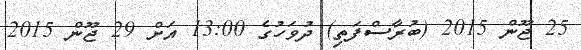
25 ޖޫން 2015 (ބުރާސްފަތި) ދުވަހުގެ 13:00 އަށް 29 ޖޫން 2015